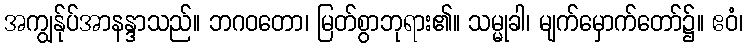
အကျွန်ုပ်အာနန္ဒာသည်။ ဘဂဝတော၊ မြတ်စွာဘုရား၏။ သမ္မုခါ၊ မျက်မှောက်တော်၌။ ဧဝံ၊